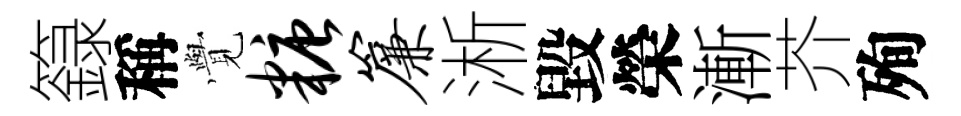
籙稱𮗜糖帘淅毀榮漸芥殉